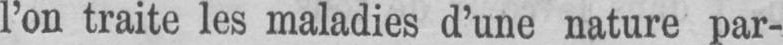
l’on traite les maladies d’une nature par-